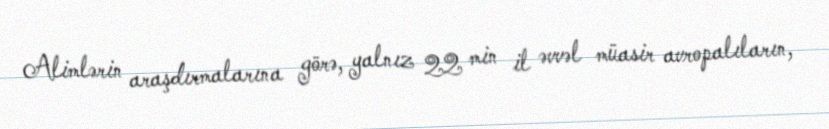
Alimlərin araşdırmalarına görə, yalnız 22 min il əvvəl müasir avropalıların,